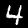
Digit: 4